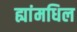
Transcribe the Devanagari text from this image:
ह्यांमधिल